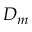
D _ { m }